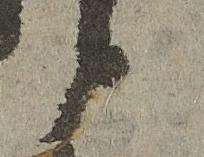
候